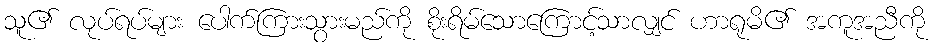
သူ၏ လုပ်ရပ်များ ပေါက်ကြားသွားမည်ကို စိုးရိမ်သောကြောင့်သာလျှင် ဟာရုမိ၏ အကူအညီကို